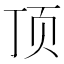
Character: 顶